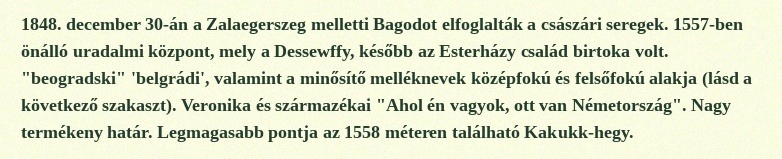
1848. december 30-án a Zalaegerszeg melletti Bagodot elfoglalták a császári seregek. 1557-ben önálló uradalmi központ, mely a Dessewffy, később az Esterházy család birtoka volt. "beogradski" 'belgrádi', valamint a minősítő melléknevek középfokú és felsőfokú alakja (lásd a következő szakaszt). Veronika és származékai "Ahol én vagyok, ott van Németország". Nagy termékeny határ. Legmagasabb pontja az 1558 méteren található Kakukk-hegy.